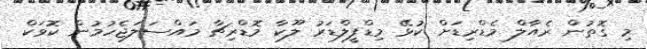
މި ގޮތުން ރެއާލް މެޑްރިޑަށް ކުޅޭ މިޑްފީލްޑަރު ލޫކާ މޮޑްރިޗާ މައްސަލަޖެހުމުން ކޮވަކް